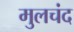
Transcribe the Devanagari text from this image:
मुलचंद